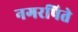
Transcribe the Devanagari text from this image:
नगरपिते